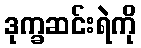
ဒုက္ခဆင်းရဲကို